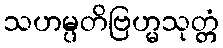
သဟမ္ပတိဗြဟ္မသုတ္တံ